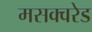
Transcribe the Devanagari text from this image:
मसक्वरेड